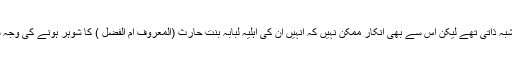
حضرت عباس ؓکے فضائل بلاشبہ ذاتی تھے لیکن اس سے بھی انکار ممکن نہیں کہ انہیں ان کی اہلیہ لبابہ بِنتِ حارث (المعروف ام الفضل ) کا شوہر ہونے کی وجہ سے بھی بڑامقام حاصل ہواتھا۔